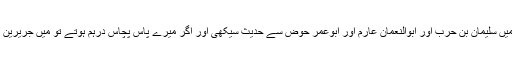
سن194 ہجری میں بصرہ میں سلیمان بن حرب اور ابوالنعمان عارم اور ابوعمر حوض سے حدیث سیکھی اور اگر میرے پاس پچاس درہم ہوتے تو میں جریرین عبدالحمید کے ہاں رے جاتا۔